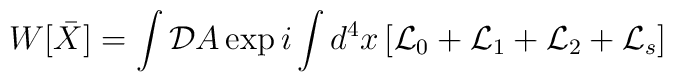
W[\bar{X}] = \int {\cal D}A \exp{i\int d^4x \left [ {\cal L}_0 +{\cal L}_1+{\cal L}_2 +{\cal L}_s \right ]}